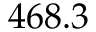
4 6 8 . 3